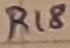
Text: R18